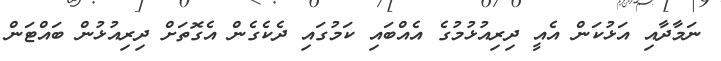
ނަމާދާއި އަޅުކަން އެއީ ދިރިއުޅުމުގެ އެއްބައި ކަމުގައި ދެކެގެން އެގޮތަށް ދިރިއުޅުން ބައްޓަން